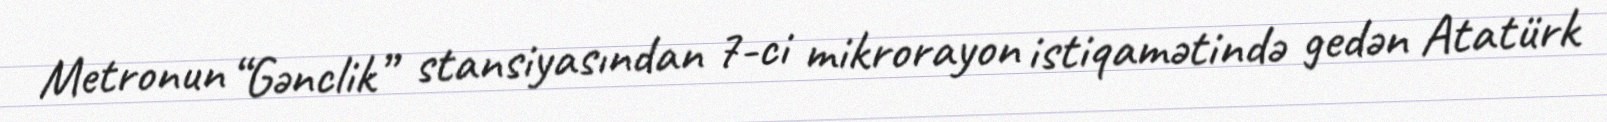
Metronun “Gənclik” stansiyasından 7-ci mikrorayon istiqamətində gedən Atatürk